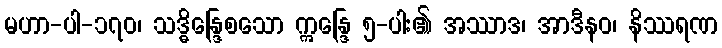
မဟာ-ပါ-၁၇၀၊ သဒ္ဓိန္ဒြေစသော ဣန္ဒြေ ၅-ပါး၏ အဿာဒ၊ အာဒီနဝ၊ နိဿရဏ